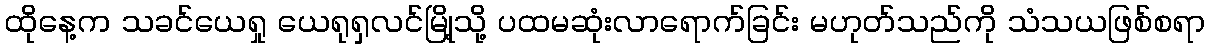
ထိုနေ့က သခင်ယေရှု ယေရုရှလင်မြို့သို့ ပထမဆုံးလာရောက်ခြင်း မဟုတ်သည်ကို သံသယဖြစ်စရာ